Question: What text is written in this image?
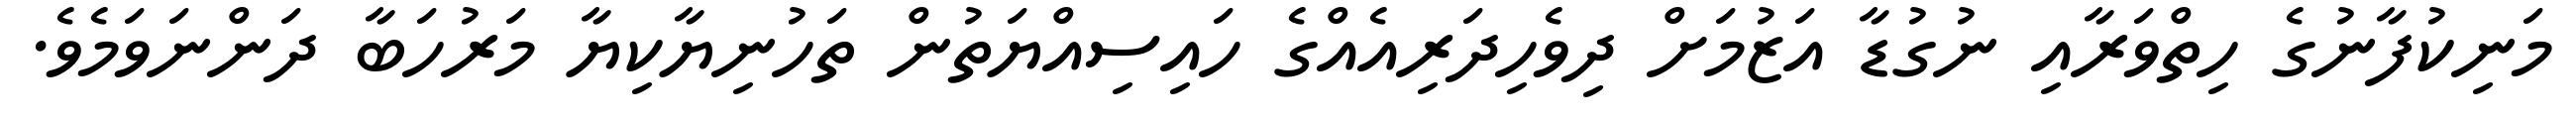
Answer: މަނިކުފާނުގެ ހިތްވަރާއި ނުގުޑާ އަޒުމަށް ދިވެހިދަރިއެއްގެ ހައިސިއްޔަތުން ތަހުނިޔާކިޔާ މަރުހަބާ ދަންނަވަމެވެ.